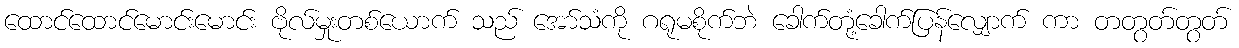
ထောင်ထောင်မောင်းမောင်း ဗိုလ်မှုးတစ်ယောက် သည် အော်သံကို ဂရုမစိုက်ဘဲ ခေါက်တုံ့ခေါက်ပြန်လျှောက် ကာ တတွတ်တွတ်